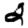
Digit: 2